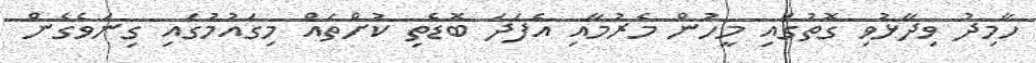
ހާމިދު ވިދާޅުވި ގޮތުގައި މީހުން މެރުމާއި އެފަދަ ބޮޑެތި ކުށްތައް މިގައުމުގައި ގިނަވެގެން